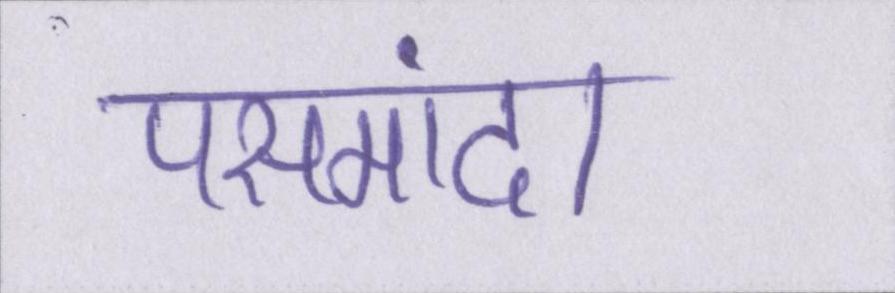
पसमांदा